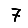
Digit: 7